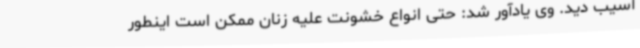
آسیب دید. وی یادآور شد: حتی انواع خشونت علیه زنان ممکن است اینطور